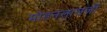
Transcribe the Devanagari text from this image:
मोहनलालजी